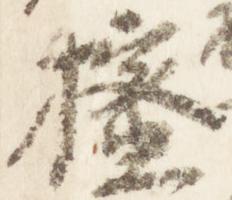
櫁